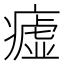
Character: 𤺞